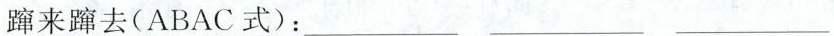
蹿来蹿去（ABAC式子）：___